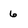
Character: 6